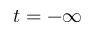
t = - \infty